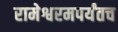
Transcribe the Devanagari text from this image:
रामेश्वरमपर्यंतच